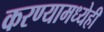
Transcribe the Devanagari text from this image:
करण्यामध्येही